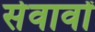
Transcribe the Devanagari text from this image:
सेवावों